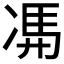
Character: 𠗦